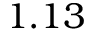
1 . 1 3